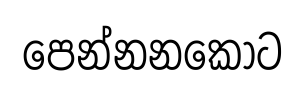
පෙන්නනකොට